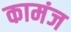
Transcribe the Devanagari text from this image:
कामंज